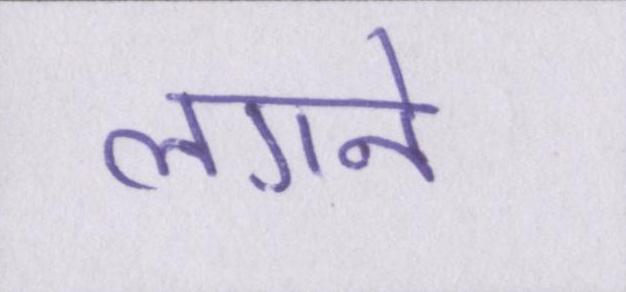
लगने